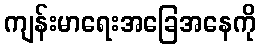
ကျန်းမာရေးအခြေအနေကို